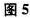
图5